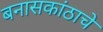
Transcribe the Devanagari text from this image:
बनासकांठाचे